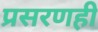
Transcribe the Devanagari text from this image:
प्रसरणही